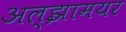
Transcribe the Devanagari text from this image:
अल्झामयर